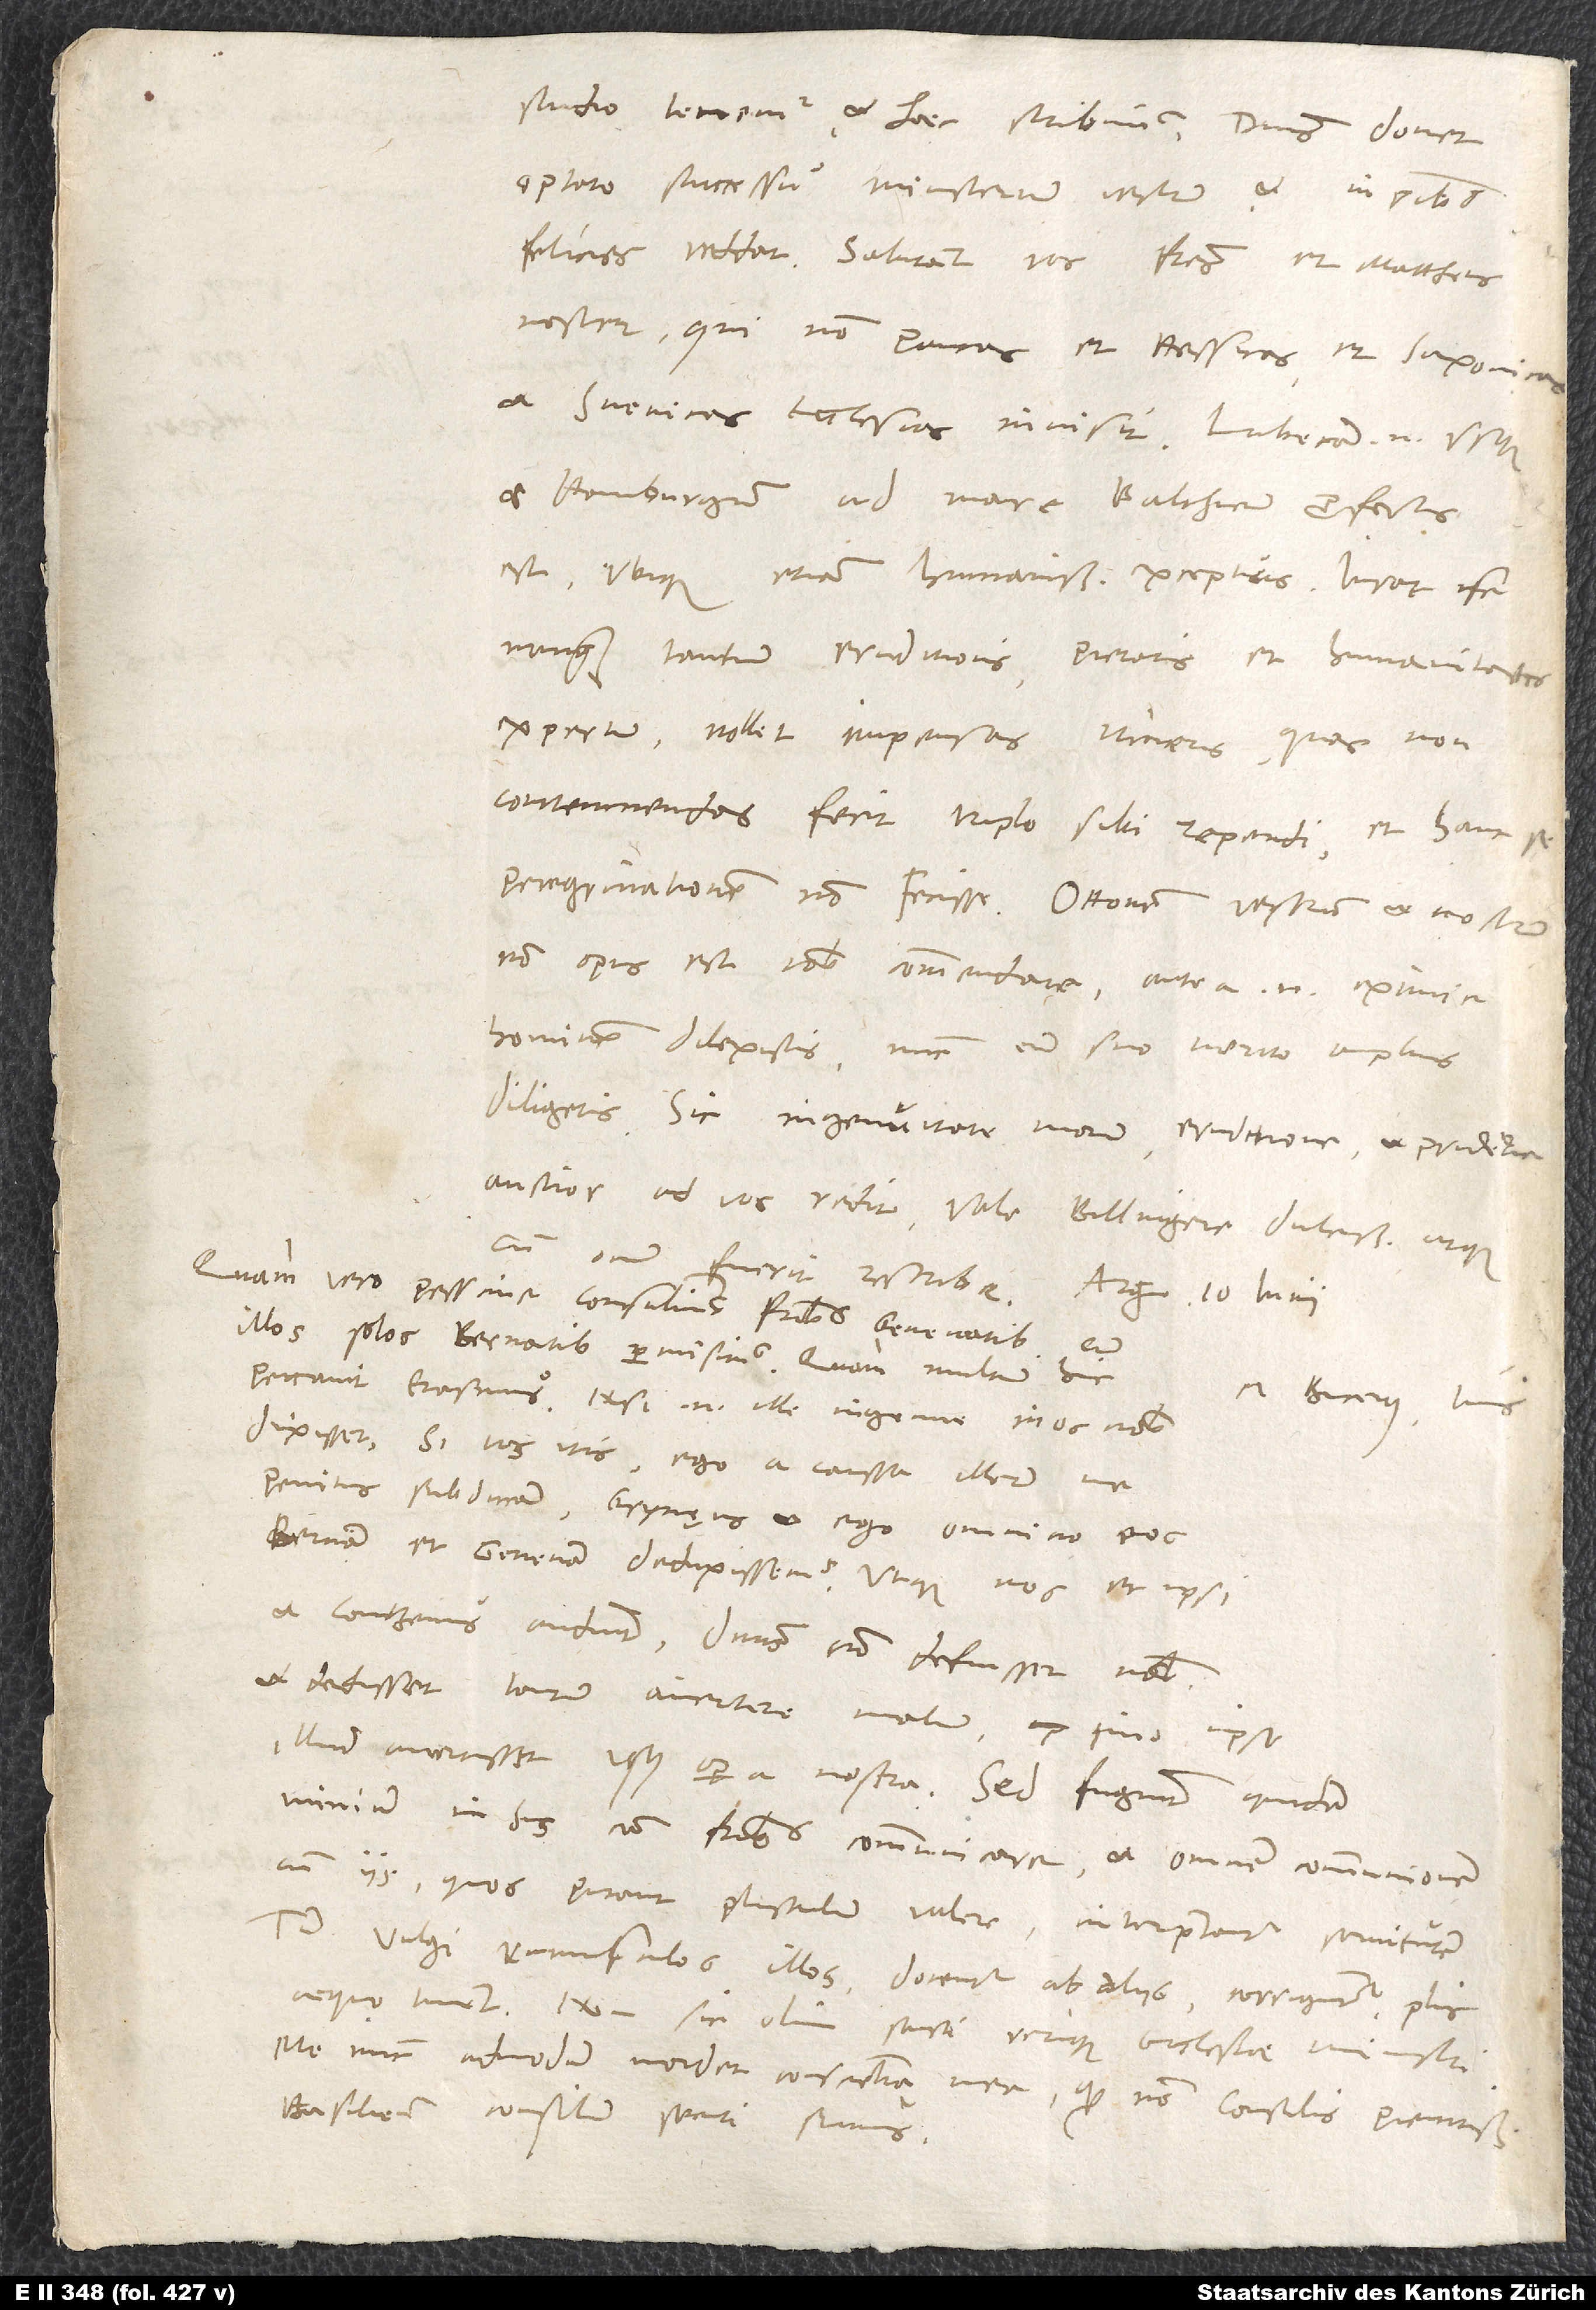
studio tenemur et haec scribimus. Dominus donet
optato successu ministerium vestrum et in omnibus
noster, qui non paucas et Hessicas et Saxonicas
et Svevicas ecclesias invisit; Lubecam enim usque
et Hamburgum ad mare Balthicum profectus
est, ubique etiam humanissime exceptus.
nunquam tantum eruditionis, pietatis et humanitatis
expertum; nollet impensas itineris, quas non
contemnendas fecit, triplo sibi rependi et hanc se
non opus est vobis commendare; antea enim eximie
hominem dilexistis, nunc eum suo merito amplius
diligetis, sic ingenuitate morum, eruditione et prudentia
cum ocium fuerit, rescribe. Arg, 10. iunii.
Quam vero pessime consulimus fratribus Genevatibus, cum
illos solos Bernatibus permisimus! Quam multum hic
M. Bucerus tuus.
peccavit Erasmus! Nisi enim ille ingenue in os nobis
dixisset: „Si vos itis, ego a caussa illorum me
penitus subducam“, Grynęus et ego omnino eos
et Contzenus audiunt, dominus non defuisset nobis
et dedisset tantum avertere malum, imo ipse
illud avertisset usus opera nostra. Sed fugiunt quidam
nimium in his cum fratribus communicare et omnem communionem
cum iis, quos putant plusculum valere, interpretantur servitutem.
Tum vulgi rumusculos illos: „docentur ab aliis, corriguntur“ plus
aequo timent. Non sic olim sancti verique ecclesiae ministri.
Me nunc admodum mordet conscientia mea, quod non consulis pientissimi
Basiliensis consilium secuti sumus.